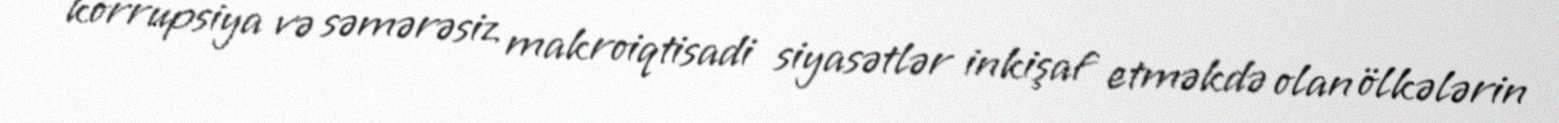
korrupsiya və səmərəsiz makroiqtisadi siyasətlər inkişaf etməkdə olan ölkələrin